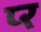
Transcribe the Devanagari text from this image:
प्‍र